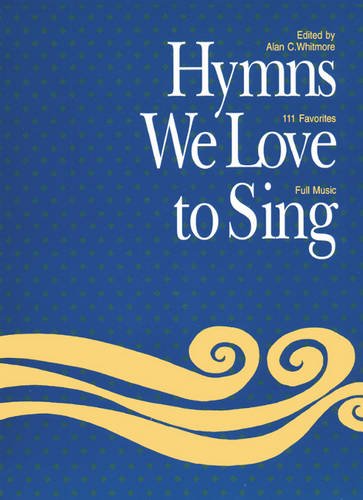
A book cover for Hymns We Love to Sing: Words Only Large Print; Christian Books & Bibles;